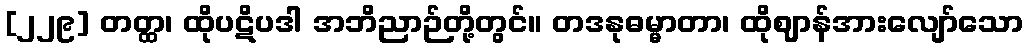
[၂၂၉] တတ္ထ၊ ထိုပဋိပဒါ အဘိညာဉ်တို့တွင်။ တဒနုဓမ္မာတာ၊ ထိုဈာန်အားလျော်သော